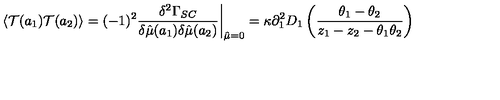
\langle { \cal T } ( a _ { 1 } ) { \cal T } ( a _ { 2 } ) \rangle = ( - 1 ) ^ { 2 } { \frac { \delta ^ { 2 } \Gamma _ { S C } } { \delta \hat { \mu } ( a _ { 1 } ) \delta \hat { \mu } ( a _ { 2 } ) } } \bigg \vert _ { \hat { \mu } = 0 } = \kappa \partial _ { 1 } ^ { 2 } D _ { 1 } \left( { \frac { \theta _ { 1 } - \theta _ { 2 } } { z _ { 1 } - z _ { 2 } - \theta _ { 1 } \theta _ { 2 } } } \right)